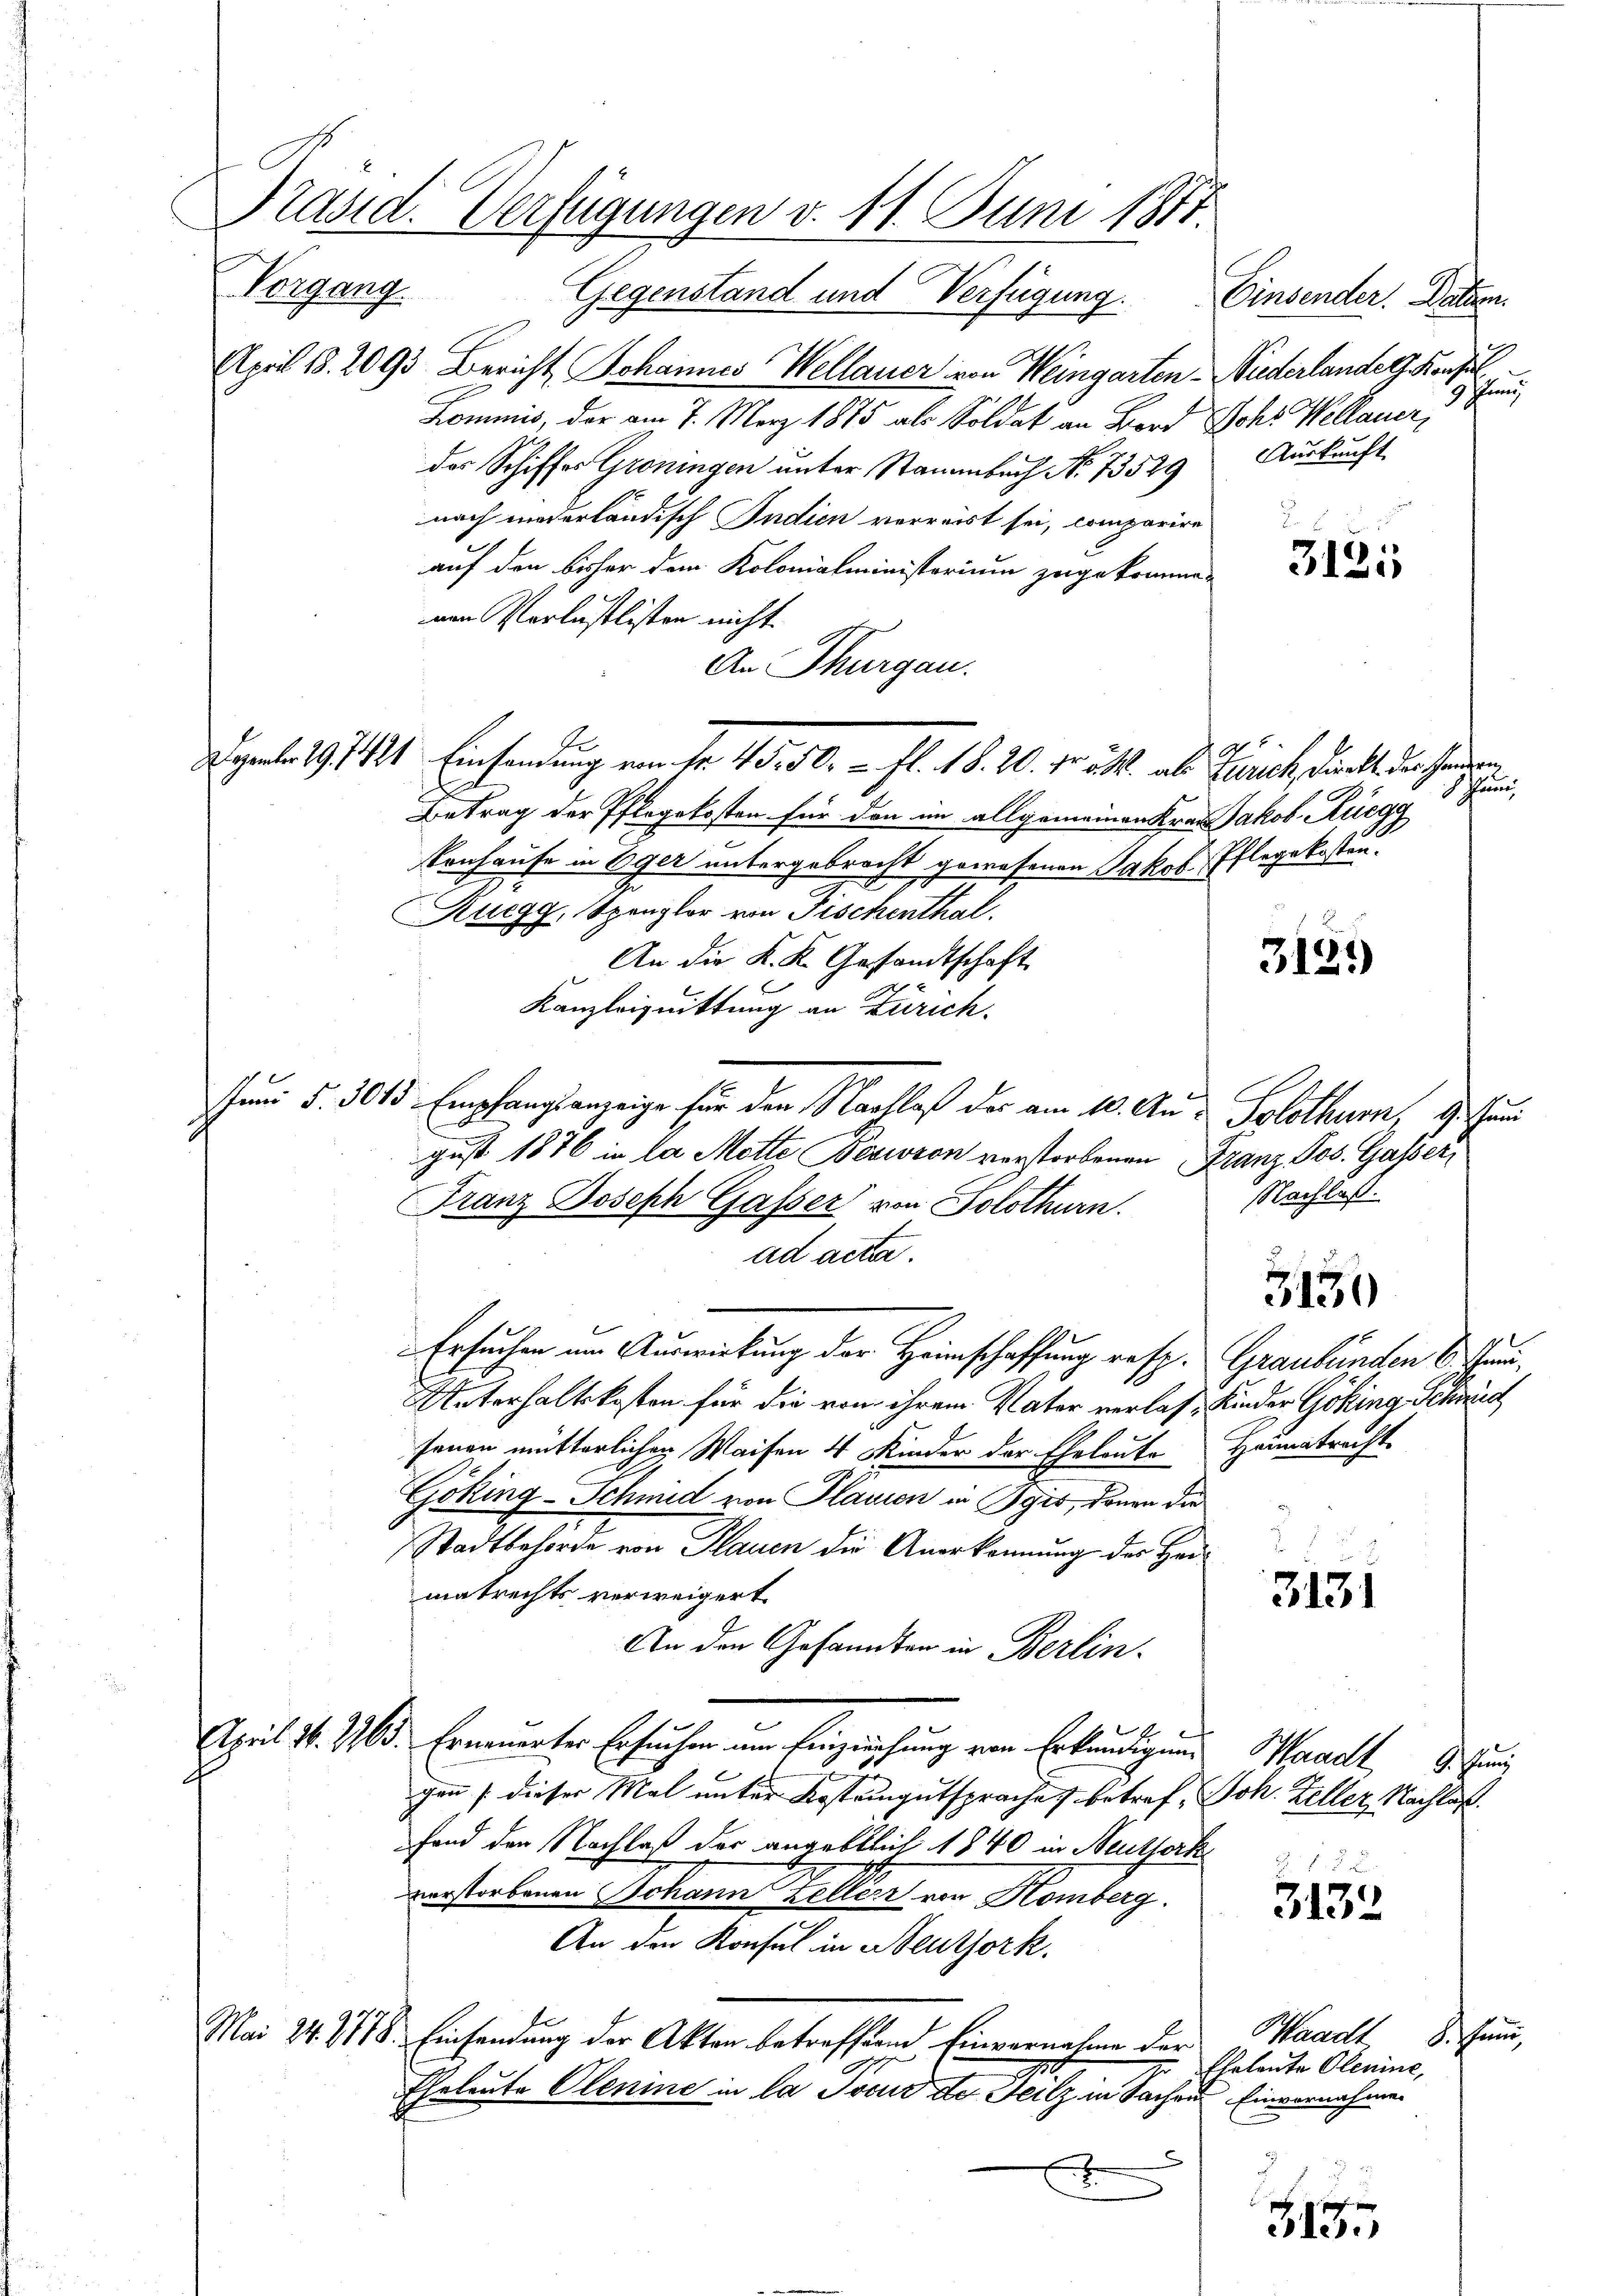
Präsid. Verfügungen v. 11. Juni 1871.

Vorgang. Gegenstand und Verfügung. Einsender. Datum.
April 18. 2093 Bericht Johannes Wellauer von Weingarten - Wiederlander Konsul
Kommis, der am 7. März 1875 als Soldat an Band Joh. Wellauer,
des Schiffes Groningen unter Stammbach No. 73529 Auskunft
nach niederländisch Indien verreist sei, comparire
auf den bisher dem Kolonialministerium zugekommenen Verlustlisten nicht
An Thurgau.
E
geb. 1971 Einsamung von Fr. 40. 50. fl. 18. 20. Fr. 21. als Zürich direkt der Handen
Betrag der Pflegekosten für den im allgemeinen Krau Jakob Rüegg
konhause in Eger untergebracht gewesenen Jakob Pflegekosten.
Ruegg, Spangler von Fischenthal.
An die K. K. Gesandtschaft
Kanzleizuittung an Zürich.
Juni §. 30 15 Empfangsanzeige für den Nachlaß des am 10. Au- Solothurn, 9. Juni
gust 1876 in la Mette Beewron verstorbenen Franz Jos. Gasser
Nachlaß.
Franz Joseph Gasser von Solothurn.
ad acta.
3130
Ersuchen im Auswirkung der Heimschaffung resp. Graubünden 1. Jan
Unterhaltskosten für die von ihrem Vater verlas Kinder Göking, Schmid
senen mütterlichen Waisen 4 Kinder der Eheleute Heimatracht
Göking-Schmid von Planien in Pyrs, denen die
Stadtbehörde von Plauen die Anerkennung des Heimatrechts verweigert.
3131
An den Gesandten in Berlin.
April N. 763. Ernennerter Ersucher um Einziehung von Erkundigung. Waadt, un
2
gen / dieser Mal unter Kostengutsprache J. betref, Joh. Keller Nachlaß.
fand den Nachlaß der angeblich 1840 in Neuthork
 . .
vorstorbenen Johann Kellen von Komberg
3132
An den Konsul in Beuthork
Waadt 8. Juni,
Mai 24. 871. Einsendung der Akten betreffend Einvernahme der
Eheleute Olenine,
Eheleute Olening in la Tocus de Teilz in Sachen Einvernehmen
x
7
.

slung
Ich

3121

3139)

3135

Juni,